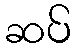
ဆပ်